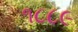
૧૮૮૯